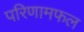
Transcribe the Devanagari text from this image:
परिणामफल